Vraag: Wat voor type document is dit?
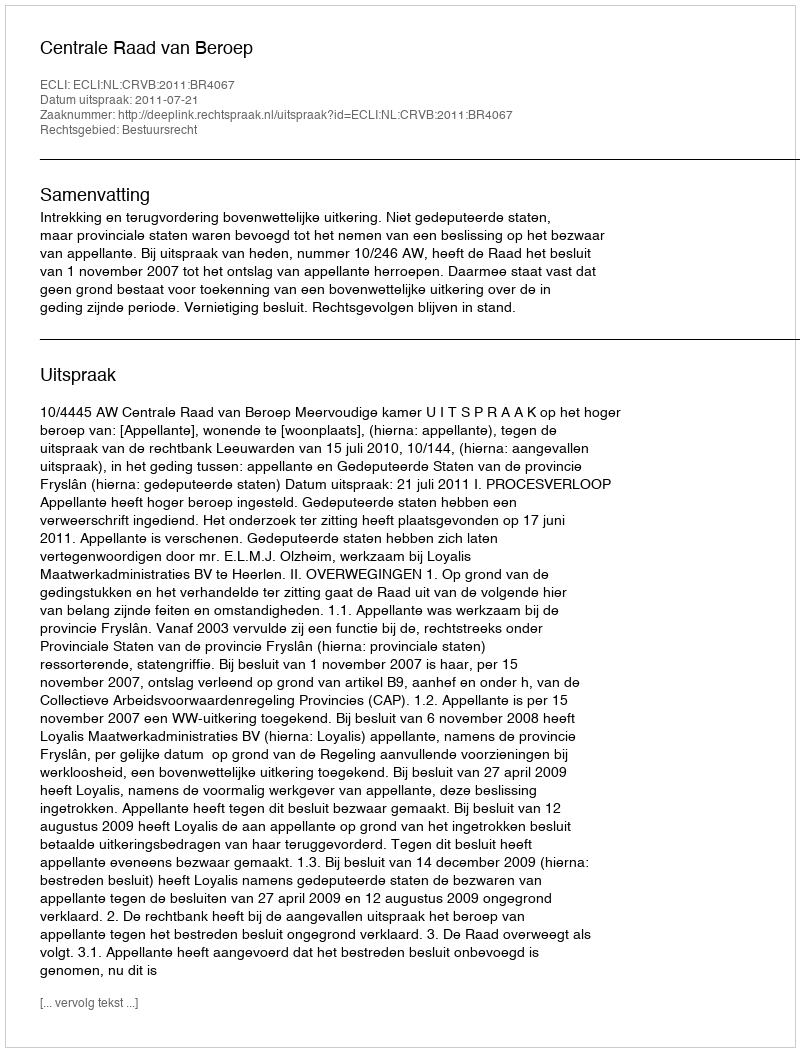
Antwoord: Uitspraak